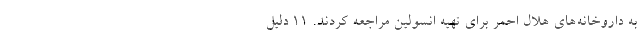
به داروخانه‌های هلال احمر برای تهیه انسولین مراجعه کردند. 11 دلیل